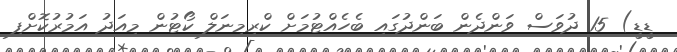
ޑީޑީ) 15 ދުވަަސް ވަންދެން ބަންދުގައި ބެހެއްޓުމަށް ކްރިމިނަލް ކޯޓުން މިއަދު އަމުރުކޮށްފި